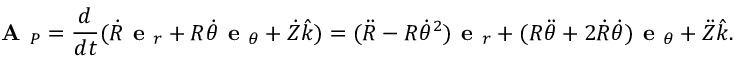
{ \textbf { A } } _ { P } = { \frac { d } { d t } } ( { \dot { R } } { \textbf { e } } _ { r } + R { \dot { \theta } } { \textbf { e } } _ { \theta } + { \dot { Z } } { \hat { k } } ) = ( { \ddot { R } } - R { \dot { \theta } } ^ { 2 } ) { \textbf { e } } _ { r } + ( R { \ddot { \theta } } + 2 { \dot { R } } { \dot { \theta } } ) { \textbf { e } } _ { \theta } + { \ddot { Z } } { \hat { k } } .